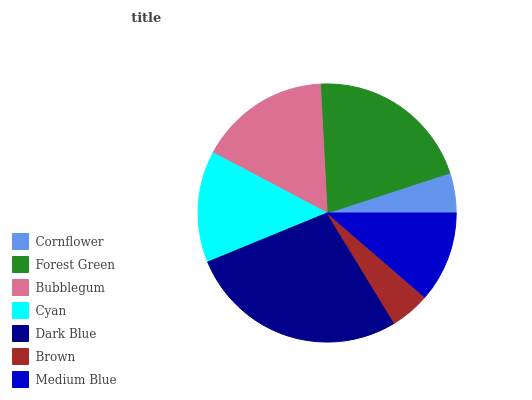
| Cornflower | Forest Green | Bubblegum | Cyan | Dark Blue | Brown | Medium Blue |
 | --- | --- | --- | --- | --- | --- | --- |
 | 5.01% | 20.8% | 16.4% | 13.9% | 27.5% | 4.95% | 11.3% |